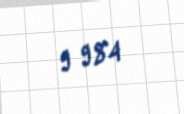
9 984